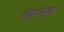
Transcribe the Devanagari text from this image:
लिग्नेन